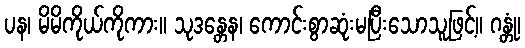
ပန၊ မိမိကိုယ်ကိုကား။ သုဒန္တေန၊ ကောင်းစွာဆုံးမပြီးသောသူဖြင့်။ ဂန္တုံ၊